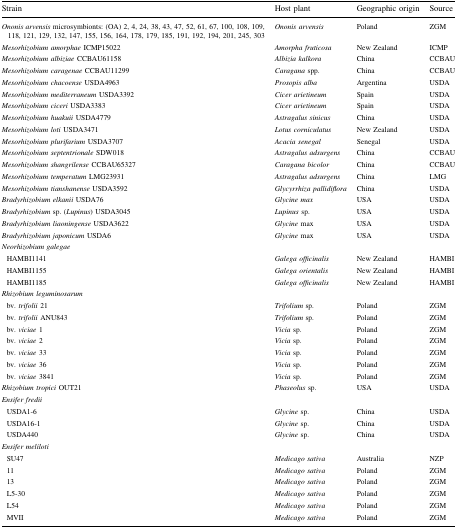
<table><thead><tr><td><b>Strain</b></td><td><b>Host plant</b></td><td><b>Geographic origin</b></td><td><b>Source</b></td></tr></thead><tbody><tr><td><i>Ononis arvensis</i> microsymbionts: (OA) 2, 4, 24, 38, 43, 47, 52, 61, 67, 100, 108, 109, 118, 121, 129, 132, 147, 155, 156, 164, 178, 179, 185, 191, 192, 194, 201, 245, 303</td><td><i>Ononis arvensis</i></td><td>Poland</td><td>ZGM</td></tr><tr><td><i>Mesorhizobium amorphae</i> ICMP15022</td><td><i>Amorpha fruticosa</i></td><td>New Zealand</td><td>ICMP</td></tr><tr><td><i>Mesorhizobium albiziae</i> CCBAU61158</td><td><i>Albizia kalkora</i></td><td>China</td><td>CCBAU</td></tr><tr><td><i>Mesorhizobium caragenae</i> CCBAU11299</td><td><i>Caragana</i> spp.</td><td>China</td><td>CCBAU</td></tr><tr><td><i>Mesorhizobium chacoense</i> USDA4963</td><td><i>Prosopis alba</i></td><td>Argentina</td><td>USDA</td></tr><tr><td><i>Mesorhizobium mediterraneum</i> USDA3392</td><td><i>Cicer arietineum</i></td><td>Spain</td><td>USDA</td></tr><tr><td><i>Mesorhizobium ciceri</i> USDA3383</td><td><i>Cicer arietineum</i></td><td>Spain</td><td>USDA</td></tr><tr><td><i>Mesorhizobium huakuii</i> USDA4779</td><td><i>Astragalus sinicus</i></td><td>China</td><td>USDA</td></tr><tr><td><i>Mesorhizobium loti</i> USDA3471</td><td><i>Lotus corniculatus</i></td><td>New Zealand</td><td>USDA</td></tr><tr><td><i>Mesorhizobium plurifarium</i> USDA3707</td><td><i>Acacia senegal</i></td><td>Senegal</td><td>USDA</td></tr><tr><td><i>Mesorhizobium septentrionale</i> SDW018</td><td><i>Astragalus adsurgens</i></td><td>China</td><td>CCBAU</td></tr><tr><td><i>Mesorhizobium shangrilense</i> CCBAU65327</td><td><i>Caragana bicolor</i></td><td>China</td><td>CCBAU</td></tr><tr><td><i>Mesorhizobium temperatum</i> LMG23931</td><td><i>Astragalus adsurgens</i></td><td>China</td><td>LMG</td></tr><tr><td><i>Mesorhizobium tianshanense</i> USDA3592</td><td><i>Glycyrrhiza pallidiflora</i></td><td>China</td><td>USDA</td></tr><tr><td><i>Bradyrhizobium elkanii</i> USDA76</td><td><i>Glycine max</i></td><td>USA</td><td>USDA</td></tr><tr><td><i>Bradyrhizobium</i> sp. (<i>Lupinus</i>) USDA3045</td><td><i>Lupinus</i> sp.</td><td>USA</td><td>USDA</td></tr><tr><td><i>Bradyrhizobium liaoningense</i> USDA3622</td><td><i>Glycine</i> max</td><td>USA</td><td>USDA</td></tr><tr><td><i>Bradyrhizobium japonicum</i> USDA6</td><td><i>Glycine</i> max</td><td>USA</td><td>USDA</td></tr><tr><td><i>Neorhizobium galegae</i></td><td></td><td></td><td></td></tr><tr><td> HAMBI1141</td><td><i>Galega officinalis</i></td><td>New Zealand</td><td>HAMBI</td></tr><tr><td> HAMBI1155</td><td><i>Galega orientalis</i></td><td>New Zealand</td><td>HAMBI</td></tr><tr><td> HAMBI1185</td><td><i>Galega officinalis</i></td><td>New Zealand</td><td>HAMBI</td></tr><tr><td><i>Rhizobium leguminosarum</i></td><td></td><td></td><td></td></tr><tr><td> bv. <i>trifolii</i> 21</td><td><i>Trifolium</i> sp.</td><td>Poland</td><td>ZGM</td></tr><tr><td> bv. <i>trifolii</i> ANU843</td><td><i>Trifolium</i> sp.</td><td>Poland</td><td>ZGM</td></tr><tr><td> bv. <i>viciae</i> 1</td><td><i>Vicia</i> sp.</td><td>Poland</td><td>ZGM</td></tr><tr><td> bv. <i>viciae</i> 2</td><td><i>Vicia</i> sp.</td><td>Poland</td><td>ZGM</td></tr><tr><td> bv. <i>viciae</i> 33</td><td><i>Vicia</i> sp.</td><td>Poland</td><td>ZGM</td></tr><tr><td> bv. <i>viciae</i> 36</td><td><i>Vicia</i> sp.</td><td>Poland</td><td>ZGM</td></tr><tr><td> bv. <i>viciae</i> 3841</td><td><i>Vicia</i> sp.</td><td>Poland</td><td>ZGM</td></tr><tr><td><i>Rhizobium tropici</i> OUT21</td><td><i>Phaseolus</i> sp.</td><td>USA</td><td>USDA</td></tr><tr><td><i>Ensifer fredii</i></td><td></td><td></td><td></td></tr><tr><td> USDA1-6</td><td><i>Glycine</i> sp.</td><td>China</td><td>USDA</td></tr><tr><td> USDA16-1</td><td><i>Glycine</i> sp.</td><td>China</td><td>USDA</td></tr><tr><td> USDA440</td><td><i>Glycine</i> sp.</td><td>China</td><td>USDA</td></tr><tr><td><i>Ensifer meliloti</i></td><td></td><td></td><td></td></tr><tr><td> SU47</td><td><i>Medicago sativa</i></td><td>Australia</td><td>NZP</td></tr><tr><td> 11</td><td><i>Medicago sativa</i></td><td>Poland</td><td>ZGM</td></tr><tr><td> 13</td><td><i>Medicago sativa</i></td><td>Poland</td><td>ZGM</td></tr><tr><td> L5-30</td><td><i>Medicago sativa</i></td><td>Poland</td><td>ZGM</td></tr><tr><td> L54</td><td><i>Medicago sativa</i></td><td>Poland</td><td>ZGM</td></tr><tr><td> MVII</td><td><i>Medicago sativa</i></td><td>Poland</td><td>ZGM</td></tr></tbody></table>